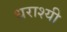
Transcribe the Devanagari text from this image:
धराश्यी